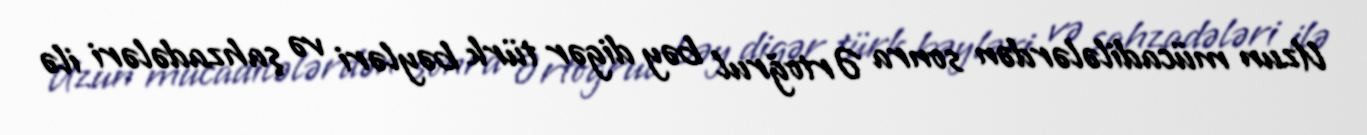
Uzun mücadilələrdən sonra Ərtoğrul bəy digər türk bəyləri və şahzadələri ilə